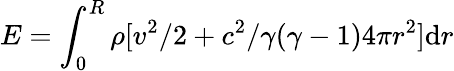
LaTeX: E=\int_{0}^{R}\rho[v^{2}/2+c^{2}/\gamma(\gamma-1)4\pi r^{2}]\mathrm{d}r